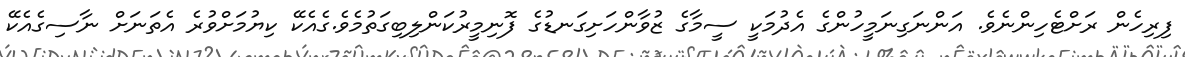
ފިރިހެން ރަށްޓެހިންނެވެ. އަންނަގިނަމީހުންގެ އެދުމަކީ ސީމާގެ ޒުވާންހަށިގަނޑުގެ ފޮނިމީރުކަންލިބިގަތުމެވެ.ގެއެކޭ ކިޔުމަށްވުރެ އެތަނަށް ނާސިގެއެެކޭ